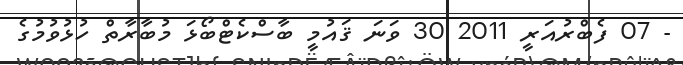
- 07 ފެބްރުއަރީ 2011 30 ވަނަ ޤައުމީ ބާސްކެޓްބޯޅަ މުބާރާތް ހުޅުވުމުގެ